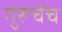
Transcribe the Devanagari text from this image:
गुरूचेंच